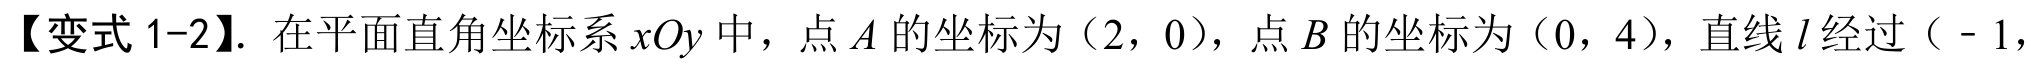
【变式 1-2】. 在平面直角坐标系 \(xOy\) 中，点 \(A\) 的坐标为\((2,0)\)，点 \(B\) 的坐标为\((0,4)\)，直线 \(l\) 经过\(( - 1,\)